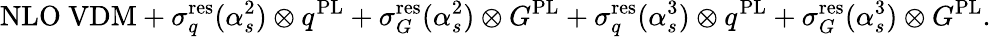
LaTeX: \mathrm{NLO~VDM}+\sigma_{q}^{\mathrm{res}}(\alpha_{s}^{2})\otimes q^{\mathrm{PL}}+\sigma_{G}^{\mathrm{res}}(\alpha_{s}^{2})\otimes G^{\mathrm{PL}}+\sigma_{q}^{\mathrm{res}}(\alpha_{s}^{3})\otimes q^{\mathrm{PL}}+\sigma_{G}^{\mathrm{res}}(\alpha_{s}^{3})\otimes G^{\mathrm{PL}}.